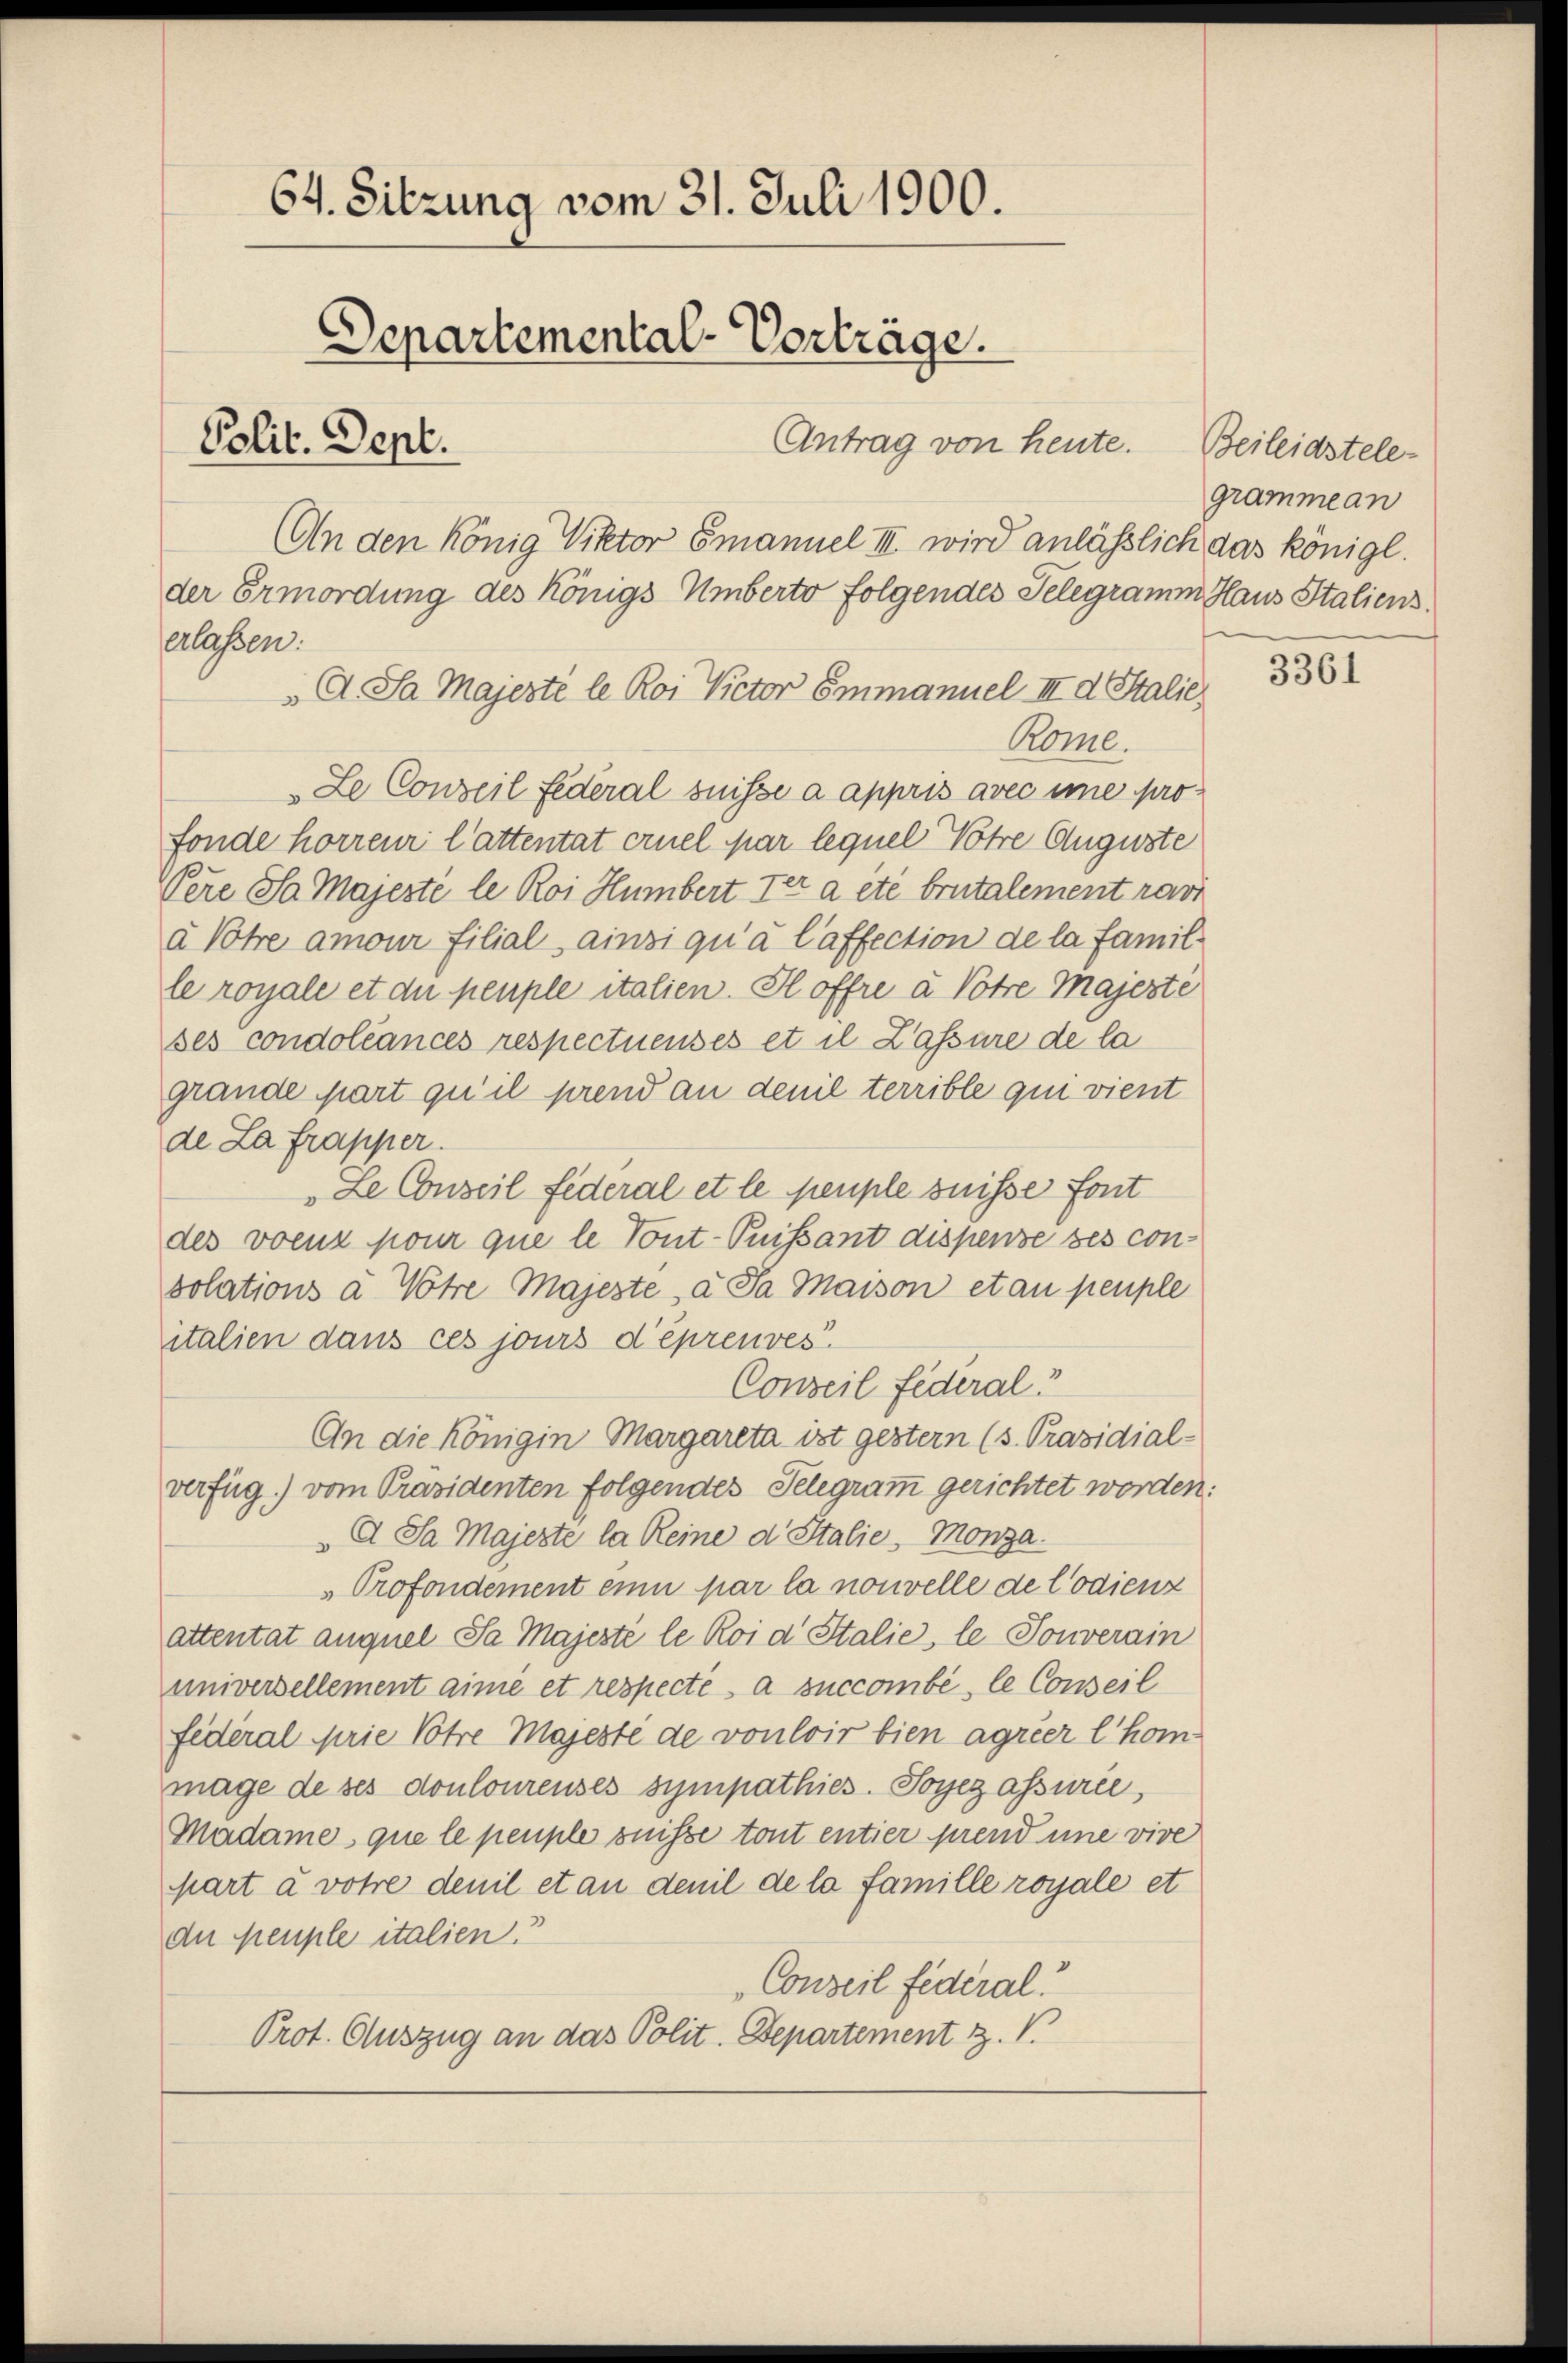
64. Sitzung vom 31. Juli 1900.
Departemental-Vorträge.
Antrag von heute.
Polit. Dept.

An den könig Viktor Emanuel III wird anlässlich das königl.
der Ermordung des Königs Umberto folgendes Telegramm Haus Italiens
erlassen:
A. Sa Majerté le Roi Victor Emmanuel III d Stalie
Rome.
Le Conseil Federal suisse a appris avec ime profonde horreur l’attentat ernel par lequel Notre Auguste
Pere Se Majeste le Roi Humbert der a été brutalement ravi
à Votre amour filial ainsi qu’à laffection de la famil
le royale et die peuple italien. Il offre à Votre Majesté
ses condoléances respectuenses et il Zassure de la
grande part qu’il prend an denil terrible qui vient
de La frapper.
„Le Conseil Federal et le peuple suisse font
des voenz pour que le Tont-Puissant dispense ses consolations à Votre Majeste, a Ja maison et au peuple
italien dans ces jours dépreuves.
Conseil Federal
An die Königin Margareta ist gestern (s. Präsidial-
verfüg.) vom Präsidenten folgendes Telegramm gerichtet worden:
G. Sa Majesté la Reine d. Stalie, Monza.
Profondement einer par la nouvelle de lodienz
attentat auquel Sa Majesté le Roi d Stalie, le Touverain
universellement aine et respecte a succombe, le Conseil
fédéral Arie Votre Majesté de vouloir bien agréer l’hommage de ses donloureuses sympathies. Sogezassurée,
Madame, que le peuple suisse tout entier prend une vive
part a votre denil et an denil de la famille royale et
der heuple italien.
Conseil fédéral.
Prot. Auszug an das Polit. Departement Z. V.

Beileidstele-
gramme an

3361